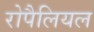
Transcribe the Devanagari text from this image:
रोपैलियल